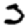
Digit: 3